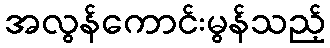
အလွန်ကောင်းမွန်သည့်